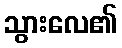
သွားလေ၏